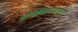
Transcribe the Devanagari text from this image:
अविक्रियमाणेन